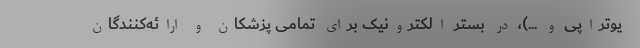
یوتراپی و ...)، در بستر الکترونیک برای تمامی پزشکان و ارائه‌کنندگان